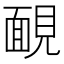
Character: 靦